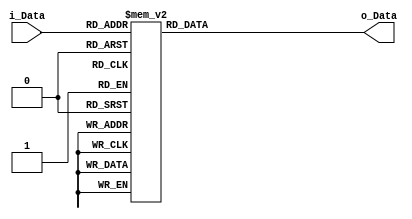
module SS3 (
    input [7:0] i_Data,
    output [31:0] o_Data
);

    reg [31:0] outS;

    assign o_Data = outS;

    always@*
        case (i_Data)
            8'h 0 : outS = 32'h08303838; 8'h 1 : outS = 32'hc8e0e828; 8'h 2 : outS = 32'h0d212c2d; 8'h 3 : outS = 32'h86a2a426;
			8'h 4 : outS = 32'hcfc3cc0f; 8'h 5 : outS = 32'hced2dc1e; 8'h 6 : outS = 32'h83b3b033; 8'h 7 : outS = 32'h88b0b838;
			8'h 8 : outS = 32'h8fa3ac2f; 8'h 9 : outS = 32'h40606020; 8'h A : outS = 32'h45515415; 8'h B : outS = 32'hc7c3c407;
			8'h C : outS = 32'h44404404; 8'h D : outS = 32'h4f636c2f; 8'h E : outS = 32'h4b63682b; 8'h F : outS = 32'h4b53581b;
			
			8'h10 : outS = 32'hc3c3c003; 8'h11 : outS = 32'h42626022; 8'h12 : outS = 32'h03333033; 8'h13 : outS = 32'h85b1b435;
			8'h14 : outS = 32'h09212829; 8'h15 : outS = 32'h80a0a020; 8'h16 : outS = 32'hc2e2e022; 8'h17 : outS = 32'h87a3a427;
			8'h18 : outS = 32'hc3d3d013; 8'h19 : outS = 32'h81919011; 8'h1A : outS = 32'h01111011; 8'h1B : outS = 32'h06020406;
			8'h1C : outS = 32'h0c101c1c; 8'h1D : outS = 32'h8cb0bc3c; 8'h1E : outS = 32'h06323436; 8'h1F : outS = 32'h4b43480b;
			
			8'h20 : outS = 32'hcfe3ec2f; 8'h21 : outS = 32'h88808808; 8'h22 : outS = 32'h4c606c2c; 8'h23 : outS = 32'h88a0a828;
			8'h24 : outS = 32'h07131417; 8'h25 : outS = 32'hc4c0c404; 8'h26 : outS = 32'h06121416; 8'h27 : outS = 32'hc4f0f434;
			8'h28 : outS = 32'hc2c2c002; 8'h29 : outS = 32'h45414405; 8'h2A : outS = 32'hc1e1e021; 8'h2B : outS = 32'hc6d2d416;
			8'h2C : outS = 32'h0f333c3f; 8'h2D : outS = 32'h0d313c3d; 8'h2E : outS = 32'h8e828c0e; 8'h2F : outS = 32'h88909818;
			
			8'h30 : outS = 32'h08202828; 8'h31 : outS = 32'h4e424c0e; 8'h32 : outS = 32'hc6f2f436; 8'h33 : outS = 32'h0e323c3e;
			8'h34 : outS = 32'h85a1a425; 8'h35 : outS = 32'hc9f1f839; 8'h36 : outS = 32'h0d010c0d; 8'h37 : outS = 32'hcfd3dc1f;
			8'h38 : outS = 32'hc8d0d818; 8'h39 : outS = 32'h0b23282b; 8'h3A : outS = 32'h46626426; 8'h3B : outS = 32'h4a72783a;
			8'h3C : outS = 32'h07232427; 8'h3D : outS = 32'h0f232c2f; 8'h3E : outS = 32'hc1f1f031; 8'h3F : outS = 32'h42727032;
			
			8'h40 : outS = 32'h42424002; 8'h41 : outS = 32'hc4d0d414; 8'h42 : outS = 32'h41414001; 8'h43 : outS = 32'hc0c0c000;
			8'h44 : outS = 32'h43737033; 8'h45 : outS = 32'h47636427; 8'h46 : outS = 32'h8ca0ac2c; 8'h47 : outS = 32'h8b83880b;
			8'h48 : outS = 32'hc7f3f437; 8'h49 : outS = 32'h8da1ac2d; 8'h4A : outS = 32'h80808000; 8'h4B : outS = 32'h0f131c1f;
			8'h4C : outS = 32'hcac2c80a; 8'h4D : outS = 32'h0c202c2c; 8'h4E : outS = 32'h8aa2a82a; 8'h4F : outS = 32'h04303434;
			
			8'h50 : outS = 32'hc2d2d012; 8'h51 : outS = 32'h0b03080b; 8'h52 : outS = 32'hcee2ec2e; 8'h53 : outS = 32'hc9e1e829;
			8'h54 : outS = 32'h4d515c1d; 8'h55 : outS = 32'h84909414; 8'h56 : outS = 32'h08101818; 8'h57 : outS = 32'hc8f0f838;
			8'h58 : outS = 32'h47535417; 8'h59 : outS = 32'h8ea2ac2e; 8'h5A : outS = 32'h08000808; 8'h5B : outS = 32'hc5c1c405;
			8'h5C : outS = 32'h03131013; 8'h5D : outS = 32'hcdc1cc0d; 8'h5E : outS = 32'h86828406; 8'h5F : outS = 32'h89b1b839;
			
			8'h60 : outS = 32'hcff3fc3f; 8'h61 : outS = 32'h4d717c3d; 8'h62 : outS = 32'hc1c1c001; 8'h63 : outS = 32'h01313031;
			8'h64 : outS = 32'hc5f1f435; 8'h65 : outS = 32'h8a82880a; 8'h66 : outS = 32'h4a62682a; 8'h67 : outS = 32'h81b1b031;
			8'h68 : outS = 32'hc1d1d011; 8'h69 : outS = 32'h00202020; 8'h6A : outS = 32'hc7d3d417; 8'h6B : outS = 32'h02020002;
			8'h6C : outS = 32'h02222022; 8'h6D : outS = 32'h04000404; 8'h6E : outS = 32'h48606828; 8'h6F : outS = 32'h41717031;
			
			8'h70 : outS = 32'h07030407; 8'h71 : outS = 32'hcbd3d81b; 8'h72 : outS = 32'h8d919c1d; 8'h73 : outS = 32'h89919819;
			8'h74 : outS = 32'h41616021; 8'h75 : outS = 32'h8eb2bc3e; 8'h76 : outS = 32'hc6e2e426; 8'h77 : outS = 32'h49515819;
			8'h78 : outS = 32'hcdd1dc1d; 8'h79 : outS = 32'h41515011; 8'h7A : outS = 32'h80909010; 8'h7B : outS = 32'hccd0dc1c;
			8'h7C : outS = 32'h8a92981a; 8'h7D : outS = 32'h83a3a023; 8'h7E : outS = 32'h8ba3a82b; 8'h7F : outS = 32'hc0d0d010;
			
			8'h80 : outS = 32'h81818001; 8'h81 : outS = 32'h0f030c0f; 8'h82 : outS = 32'h47434407; 8'h83 : outS = 32'h0a12181a;
			8'h84 : outS = 32'hc3e3e023; 8'h85 : outS = 32'hcce0ec2c; 8'h86 : outS = 32'h8d818c0d; 8'h87 : outS = 32'h8fb3bc3f;
			8'h88 : outS = 32'h86929416; 8'h89 : outS = 32'h4b73783b; 8'h8A : outS = 32'h4c505c1c; 8'h8B : outS = 32'h82a2a022;
			8'h8C : outS = 32'h81a1a021; 8'h8D : outS = 32'h43636023; 8'h8E : outS = 32'h03232023; 8'h8F : outS = 32'h4d414c0d;
			
			8'h90 : outS = 32'hc8c0c808; 8'h91 : outS = 32'h8e929c1e; 8'h92 : outS = 32'h8c909c1c; 8'h93 : outS = 32'h0a32383a;
			8'h94 : outS = 32'h0c000c0c; 8'h95 : outS = 32'h0e222c2e; 8'h96 : outS = 32'h8ab2b83a; 8'h97 : outS = 32'h4e626c2e;
			8'h98 : outS = 32'h8f939c1f; 8'h99 : outS = 32'h4a52581a; 8'h9A : outS = 32'hc2f2f032; 8'h9B : outS = 32'h82929012;
			8'h9C : outS = 32'hc3f3f033; 8'h9D : outS = 32'h49414809; 8'h9E : outS = 32'h48707838; 8'h9F : outS = 32'hccc0cc0c;
			
			8'hA0 : outS = 32'h05111415; 8'hA1 : outS = 32'hcbf3f83b; 8'hA2 : outS = 32'h40707030; 8'hA3 : outS = 32'h45717435;
			8'hA4 : outS = 32'h4f737c3f; 8'hA5 : outS = 32'h05313435; 8'hA6 : outS = 32'h00101010; 8'hA7 : outS = 32'h03030003;
			8'hA8 : outS = 32'h44606424; 8'hA9 : outS = 32'h4d616c2d; 8'hAA : outS = 32'hc6c2c406; 8'hAB : outS = 32'h44707434;
			8'hAC : outS = 32'hc5d1d415; 8'hAD : outS = 32'h84b0b434; 8'hAE : outS = 32'hcae2e82a; 8'hAF : outS = 32'h09010809;
			
			8'hB0 : outS = 32'h46727436; 8'hB1 : outS = 32'h09111819; 8'hB2 : outS = 32'hcef2fc3e; 8'hB3 : outS = 32'h40404000;
			8'hB4 : outS = 32'h02121012; 8'hB5 : outS = 32'hc0e0e020; 8'hB6 : outS = 32'h8db1bc3d; 8'hB7 : outS = 32'h05010405;
			8'hB8 : outS = 32'hcaf2f83a; 8'hB9 : outS = 32'h01010001; 8'hBA : outS = 32'hc0f0f030; 8'hBB : outS = 32'h0a22282a;
			8'hBC : outS = 32'h4e525c1e; 8'hBD : outS = 32'h89a1a829; 8'hBE : outS = 32'h46525416; 8'hBF : outS = 32'h43434003;
			
			8'hC0 : outS = 32'h85818405; 8'hC1 : outS = 32'h04101414; 8'hC2 : outS = 32'h89818809; 8'hC3 : outS = 32'h8b93981b;
			8'hC4 : outS = 32'h80b0b030; 8'hC5 : outS = 32'hc5e1e425; 8'hC6 : outS = 32'h48404808; 8'hC7 : outS = 32'h49717839;
			8'hC8 : outS = 32'h87939417; 8'hC9 : outS = 32'hccf0fc3c; 8'hCA : outS = 32'h0e121c1e; 8'hCB : outS = 32'h82828002;
			8'hCC : outS = 32'h01212021; 8'hCD : outS = 32'h8c808c0c; 8'hCE : outS = 32'h0b13181b; 8'hCF : outS = 32'h4f535c1f;
			
			8'hD0 : outS = 32'h47737437; 8'hD1 : outS = 32'h44505414; 8'hD2 : outS = 32'h82b2b032; 8'hD3 : outS = 32'h0d111c1d;
			8'hD4 : outS = 32'h05212425; 8'hD5 : outS = 32'h4f434c0f; 8'hD6 : outS = 32'h00000000; 8'hD7 : outS = 32'h46424406;
			8'hD8 : outS = 32'hcde1ec2d; 8'hD9 : outS = 32'h48505818; 8'hDA : outS = 32'h42525012; 8'hDB : outS = 32'hcbe3e82b;
			8'hDC : outS = 32'h4e727c3e; 8'hDD : outS = 32'hcad2d81a; 8'hDE : outS = 32'hc9c1c809; 8'hDF : outS = 32'hcdf1fc3d;
			
			8'hE0 : outS = 32'h00303030; 8'hE1 : outS = 32'h85919415; 8'hE2 : outS = 32'h45616425; 8'hE3 : outS = 32'h0c303c3c;
			8'hE4 : outS = 32'h86b2b436; 8'hE5 : outS = 32'hc4e0e424; 8'hE6 : outS = 32'h8bb3b83b; 8'hE7 : outS = 32'h4c707c3c;
			8'hE8 : outS = 32'h0e020c0e; 8'hE9 : outS = 32'h40505010; 8'hEA : outS = 32'h09313839; 8'hEB : outS = 32'h06222426;
			8'hEC : outS = 32'h02323032; 8'hED : outS = 32'h84808404; 8'hEE : outS = 32'h49616829; 8'hEF : outS = 32'h83939013;
			
			8'hF0 : outS = 32'h07333437; 8'hF1 : outS = 32'hc7e3e427; 8'hF2 : outS = 32'h04202424; 8'hF3 : outS = 32'h84a0a424;
			8'hF4 : outS = 32'hcbc3c80b; 8'hF5 : outS = 32'h43535013; 8'hF6 : outS = 32'h0a02080a; 8'hF7 : outS = 32'h87838407;
			8'hF8 : outS = 32'hc9d1d819; 8'hF9 : outS = 32'h4c404c0c; 8'hFA : outS = 32'h83838003; 8'hFB : outS = 32'h8f838c0f;
			8'hFC : outS = 32'hcec2cc0e; 8'hFD : outS = 32'h0b33383b; 8'hFE : outS = 32'h4a42480a; 8'hFF : outS = 32'h87b3b437;
			
			default : outS = 32'h00000000;
        
		endcase

endmodule